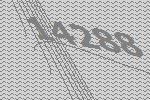
14288